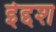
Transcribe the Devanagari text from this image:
ईद्दश